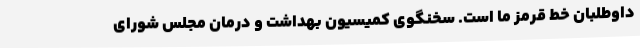
داوطلبان خط قرمز ما است. سخنگوی کمیسیون بهداشت و درمان مجلس شورای